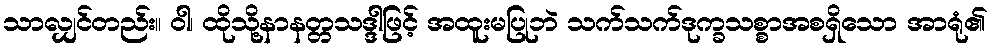
သာလျှင်တည်း။ ဝါ၊ ထိုသို့နာနတ္တသဒ္ဒါဖြင့် အထူးမပြုဘဲ သက်သက်ဒုက္ခသစ္စာအစရှိသော အာရုံ၏